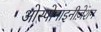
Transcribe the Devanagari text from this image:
ओस्पोनाइनीज़ेशन